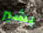
بشير